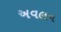
અવલન